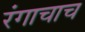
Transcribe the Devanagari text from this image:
रंगाचाच